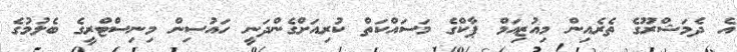
އެ ދެމަޝްރޫގެ ތެރެއިން މިއުޒިއަމް ޕާކްގެ މަސައްކަތް ކުރިއަށްގެންދަނީ ހައުސިން މިނިސްޓްރީގެ ބެލުމުގެ